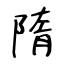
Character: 隋